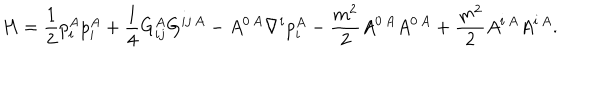
H = \frac { 1 } { 2 } p _ { i } ^ { A } p _ { i } ^ { A } + \frac { 1 } { 4 } G _ { i j } ^ { A } G ^ { i j \, A } - A ^ { 0 \, A } \nabla ^ { i } p _ { i } ^ { A } - \frac { m ^ { 2 } } { 2 } A ^ { 0 \, A } A ^ { 0 \, A } + \frac { m ^ { 2 } } { 2 } A ^ { i \, A } A ^ { i \, A } .